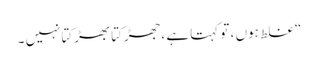
“ غلط ہوں ، تو کہتا ہے ،جھڑکتا بھڑکتانہیں ۔